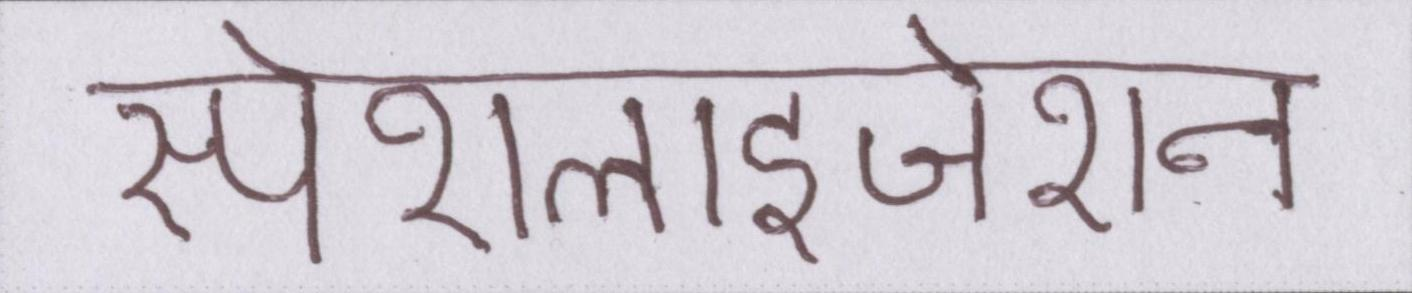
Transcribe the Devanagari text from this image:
स्पेशलाइजेशन